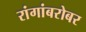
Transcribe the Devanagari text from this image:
रांगांबरोबर